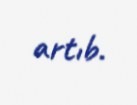
artıb.